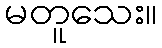
မတူသေး။